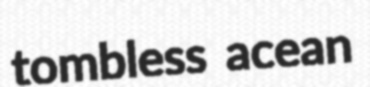
tombless acean